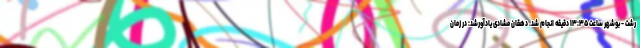
رشت - بوشهر ساعت ۱۳:۳۵ دقیقه انجام شد. دهقان مشادی یادآورشد: در زمان